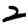
Digit: 2